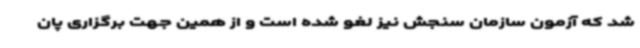
شد که آزمون سازمان سنجش نیز لغو شده است و از همین جهت برگزاری پان